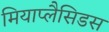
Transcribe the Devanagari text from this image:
मियाप्लैसिडस